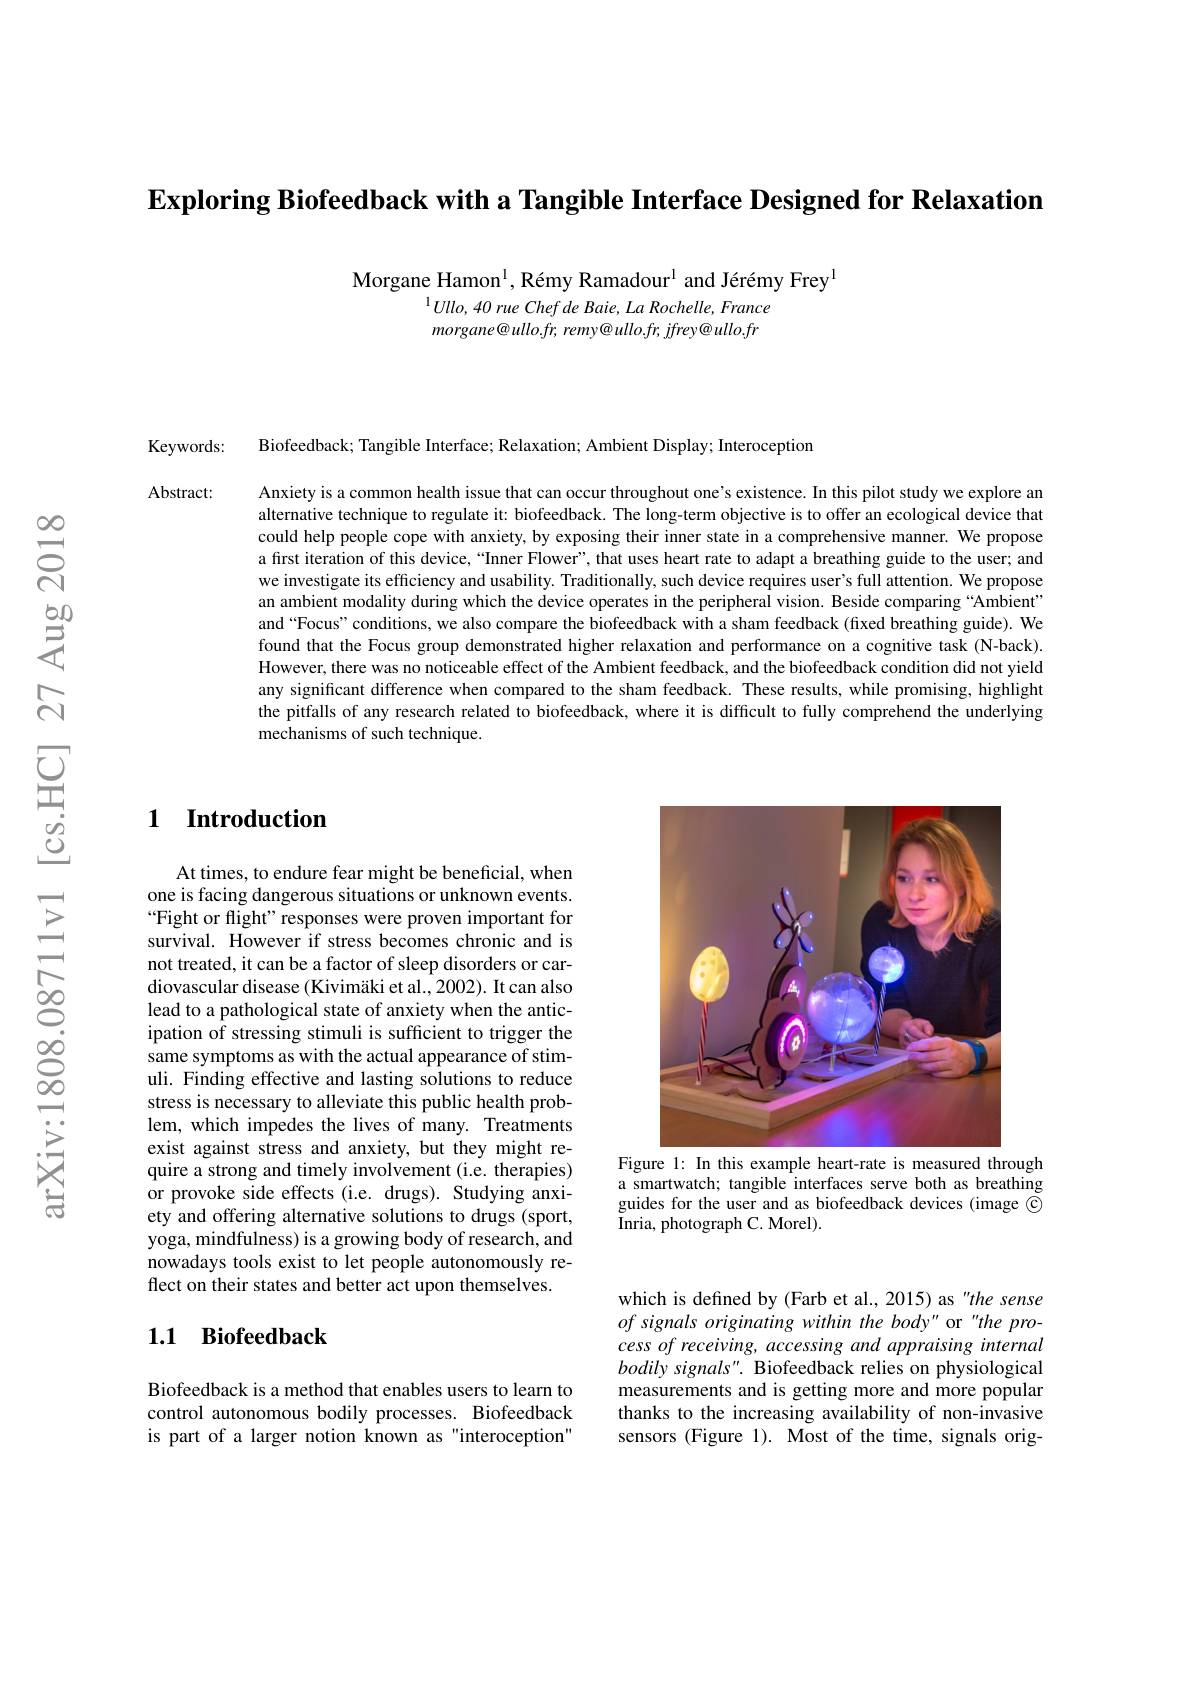
$\textbf{Exploring Biofeedback with a Tangible Interface Designed for Relaxation}$

Morgane Hamon$^{\mathrm{l}}$, Rémy Ramadour$^{\mathrm{l}}$ and Jérémy Frey$^{\mathrm{l}}$
$^{1}Ullo,40$ rue Chef de Baie, La Rochelle, France $morgane@ullo.fr,remy@ullo.fr,jfrey@ullo.fr$

Biofeedback; Tangible Interface; Relaxation; Ambient Display; Interoception

Keywords:

Abstract:

Anxiety is a common health issue that can occur throughout one's existence. In this pilot study we explore an alternative technique to regulate it: biofeedback. The long-term objective is to offer an ecological device that could help people cope with anxiety, by exposing their inner state in a comprehensive manner. We propose a first iteration of this device, “Inner Flower”, that uses heart rate to adapt a breathing guide to the user; and we investigate its efficiency and usability. Traditionally, such device requires user's full attention. We propose an ambient modality during which the device operates in the peripheral vision. Beside comparing “Ambient” and “Focus” conditions, we also compare the biofeedback with a sham feedback (fixed breathing guide). We found that the Focus group demonstrated higher relaxation and performance on a cognitive task (N-back). However, there was no noticeable effect of the Ambient feedback, and the biofeedback condition did not yield any significant difference when compared to the sham feedback. These results, while promising, highlight the pitfalls of any research related to biofeedback, where it is difficult to fully comprehend the underlying mechanisms of such technique.

# 1 Introduction

At times, to endure fear might be beneficial, when one is facing dangerous situations or unknown events. “Fight or flight" responses were proven important for survival. However if stress becomes chronic and is not treated, it can be a factor of sleep disorders or cardiovascular disease (Kivimäki et al., 2002). It can also lead to a pathological state of anxiety when the anticipation of stressing stimuli is sufficient to trigger the same symptoms as with the actual appearance of stimuli. Finding effective and lasting solutions to reduce stress is necessary to alleviate this public health problem, which impedes the lives of many. Treatments exist against stress and anxiety, but they might require a strong and timely involvement (i.e. therapies) or provoke side effects (i.e. drugs). Studying anxiety and offering alternative solutions to drugs (sport, yoga, mindfulness) is a growing body of research, and nowadays tools exist to let people autonomously reflect on their states and better act upon themselves.

### 1.1 Biofeedback

Biofeedback is a method that enables users to learn to control autonomous bodily processes. Biofeedback is part of a larger notion known as"interoception"

<FigureHere>
Figure 1: In this example heart-rate is measured through

a smartwatch; tangible interfaces serve both as breathing guides for the user and as biofeedback devices (image C ${\mathrm{Inria,~photograph~C.~Morel)}}.$

which is defined by (Farb et al., 2015) as "the sense of signals originating within the body" or "the process of receiving, accessing and appraising internal bodily signals". Biofeedback relies on physiological measurements and is getting more and more popular thanks to the increasing availability of non-invasive sensors (Figure 1). Most of the time, signals orig-